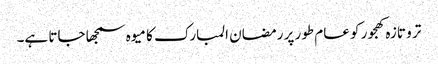
تر و تازہ کھجور کو عام طور پر رمضان المبارک کا میوہ سمجھا جاتا ہے۔